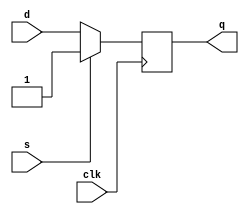
 module flipflop (clk, d, s, q);
        input  clk, d, s;
        output q;
        reg    q;
        always @(posedge clk)
        begin
           if (s)
              q <= 1;
           else
              q <= d;
        end
        endmodule